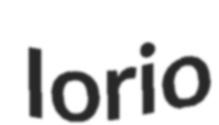
Iorio